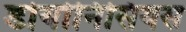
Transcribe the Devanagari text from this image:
डोयोनिसियस